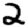
Digit: 2